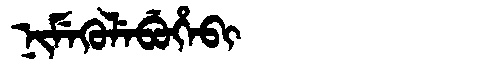
Manchu: ᠨᡳᠮᡝᡴᡠᠯᡝᠪᡠᡥᡝᠪᡳ
Romanization: NIMEKULEBUHEBI